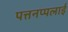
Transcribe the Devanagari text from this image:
पत्तनप्पलाई